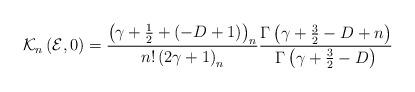
LaTeX: \begin{align*}\mathcal{K}_{n}\left( \mathcal{E},0\right) =\frac{\left( \gamma +\frac{1}{2}+(-D+1)\right) _{n}}{n!\left( 2\gamma +1\right) _{n}}\frac{\Gamma \left(\gamma +\frac{3}{2}-D+n\right) }{\Gamma \left( \gamma +\frac{3}{2}-D\right) }\end{align*}